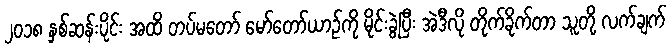
၂ဝ၁၈ နှစ်ဆန်းပိုင်း အထိ တပ်မတော် မော်တော်ယာဉ်ကို မိုင်းခွဲပြီး အဲဒီလို တိုက်ခိုက်တာ သူတို့ လက်ချက်